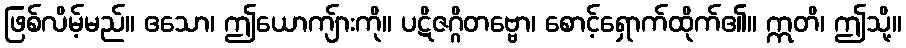
ဖြစ်လိမ့်မည်။ ဧသော၊ ဤယောကျ်ားကို။ ပဋိဇဂ္ဂိတဗ္ဗော၊ စောင့်ရှောက်ထိုက်၏။ ဣတိ၊ ဤသို့။